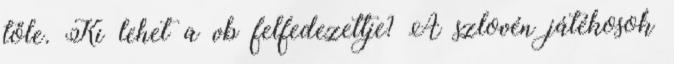
tőle. Ki lehet a vb felfedezettje? A szlovén játékosok